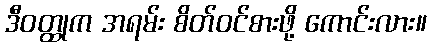
ဒီဝတ္ထုက အရမ်း စိတ်ဝင်စားဖို့ ကောင်းလား။